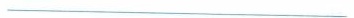
___